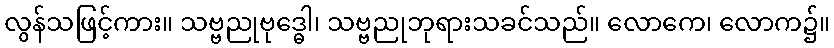
လွန်သဖြင့်ကား။ သဗ္ဗညုဗုဒ္ဓေါ၊ သဗ္ဗညုဘုရားသခင်သည်။ လောကေ၊ လောက၌။